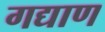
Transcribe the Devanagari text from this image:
गद्याण